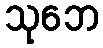
သုဘေ